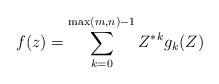
LaTeX: \begin{align*} f(z) &= \sum_{k=0}^{\max(m,n)-1} {Z^*}^k g_k(Z)\end{align*}